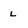
Character: l